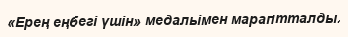
«Ерең еңбегі үшін» медальімен мараптталды.